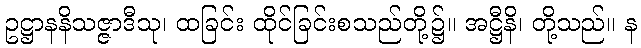
ဥဋ္ဌာနနိသဇ္ဇာဒီသု၊ ထခြင်း ထိုင်ခြင်းစသည်တို့၌။ အဋ္ဌီနိ၊ တို့သည်။ န